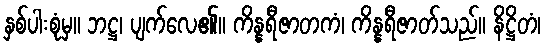
နှစ်ပါးစုံမှ။ ဘဋ္ဌ၊ ပျက်လေ၏။ ကိန္နရီဇာတကံ၊ ကိန္နရီဇာတ်သည်။ နိဋ္ဌိတံ၊